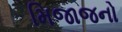
મિજાજનો